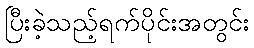
ပြီးခဲ့သည့်ရက်ပိုင်းအတွင်း